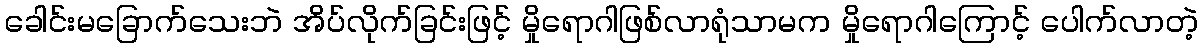
ခေါင်းမခြောက်သေးဘဲ အိပ်လိုက်ခြင်းဖြင့် မှိုရောဂါဖြစ်လာရုံသာမက မှိုရောဂါကြောင့် ပေါက်လာတဲ့